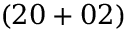
( 2 0 + 0 2 )